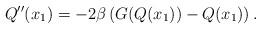
LaTeX: \begin{align*}Q^{\prime \prime}(x_1)=-2\beta\left(G(Q(x_1))-Q(x_1)\right).\end{align*}